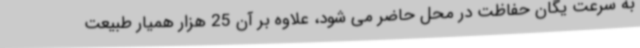
به سرعت یگان حفاظت در محل حاضر می شود، علاوه بر آن 25 هزار همیار طبیعت